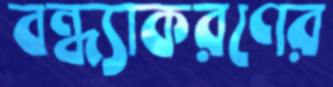
বন্ধ্যাকরণের